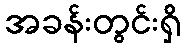
အခန်းတွင်းရှိ